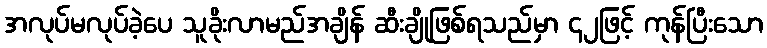
အလုပ်မလုပ်ခဲ့ပေ သူခိုးလာမည်အချိန် ဆီးချိုဖြစ်ရသည်မှာ ၄၂ဖြင့် ကုန်ပြီးသော